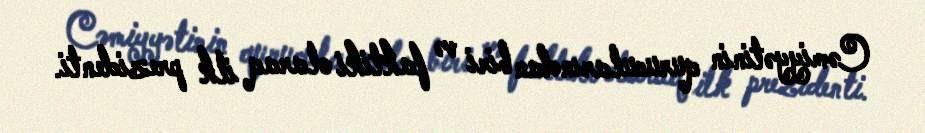
Cəmiyyətinin qurucularından biri və faktiki olaraq ilk prezidenti.